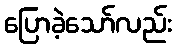
ပြောခဲ့သော်လည်း